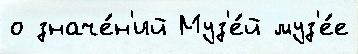
о значе́н'ий Муз'е́й муз'е́е